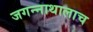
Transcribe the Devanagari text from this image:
जगन्नाथालाच